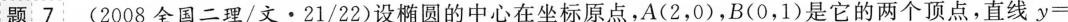
题7 (2008全国二理/文·21/22)设椭圆的中心在坐标原点，A(2，0)，B(0，1)是它的两个顶点，直线y=